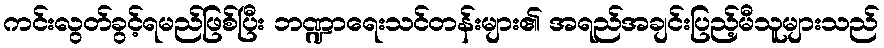
ကင်းလွတ်ခွင့်ရမည်ဖြစ်ပြီး ဘဏ္ဍာရေးသင်တန်းများ၏ အရည်အချင်းပြည့်မီသူများသည်